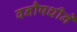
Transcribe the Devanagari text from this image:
वनौषधीने